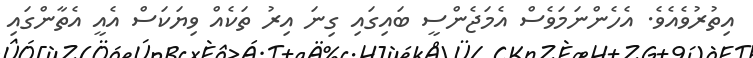
އިތުރުވެއެވެ. އެހެންނަމަވެސް އެމަޖެންސީ ބައިގައި ގިނަ އިރު ތަކެއް ވިޔަކަސް އެއީ އެތާންގައި